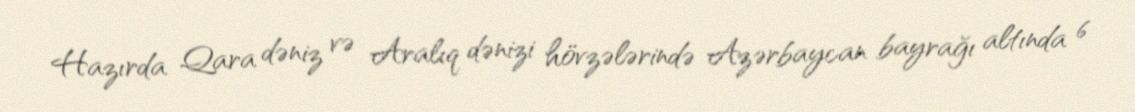
Hazırda Qara dəniz və Aralıq dənizi hövzələrində Azərbaycan bayrağı altında 6